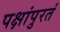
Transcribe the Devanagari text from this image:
पक्षांपुरतं